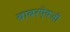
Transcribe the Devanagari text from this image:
बाबरऐवजी